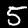
Label: 5